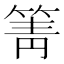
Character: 箐